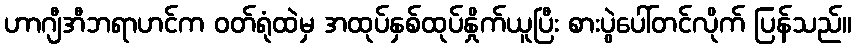
ဟာဂျီအီဘရာဟင်က ဝတ်ရုံထဲမှ အထုပ်နှစ်ထုပ်နှိုက်ယူပြီး စားပွဲပေါ်တင်လိုက် ပြန်သည်။